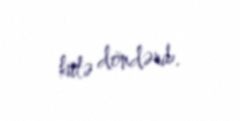
külə döndərib.